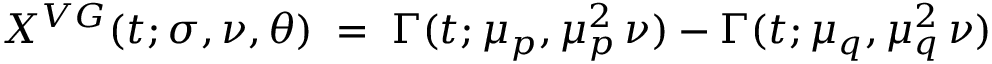
X ^ { V G } ( t ; \sigma , \nu , \theta ) \; = \; \Gamma ( t ; \mu _ { p } , \mu _ { p } ^ { 2 } \, \nu ) - \Gamma ( t ; \mu _ { q } , \mu _ { q } ^ { 2 } \, \nu )